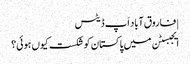
| فاروق آباد اَپ ڈیٹس
ایجبسٹن میں پاکستان کو شکست کیوں ہوئی؟